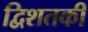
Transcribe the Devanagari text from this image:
द्विशतकी